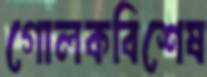
গোলকবিশেষ